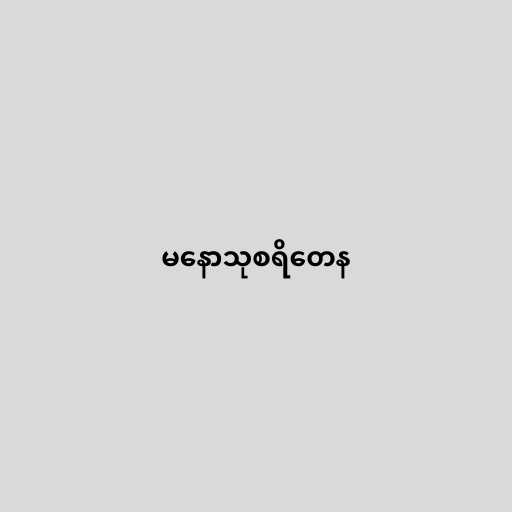
မနောသုစရိတေန